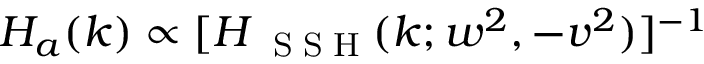
H _ { a } ( k ) \propto [ H _ { \mathrm { ~ \tiny ~ S ~ S ~ H ~ } } ( k ; w ^ { 2 } , - v ^ { 2 } ) ] ^ { - 1 }